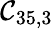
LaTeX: \mathcal{C}_{35,3}